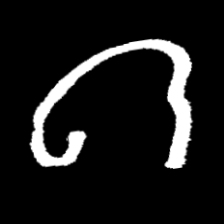
Pyu character \u2014 Myanmar letter: ဂ (romanized: ga)